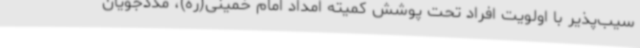
سیب‌پذیر با اولویت افراد تحت پوشش کمیته امداد امام خمینی(ره)، مددجویان